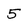
Character: 5